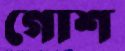
গোশ